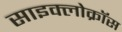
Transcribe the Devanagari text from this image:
साइक्लोक्रॉस